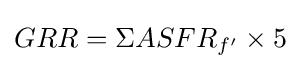
GRR=\Sigma ASFR_{f'}\times 5